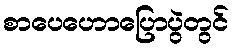
စာပေဟောပြောပွဲတွင်